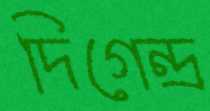
দিগেন্দ্র